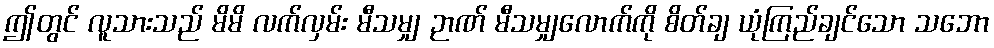
ဤတွင် လူသားသည် မိမိ လက်လှမ်း မီသမျှ ဉာဏ် မီသမျှလောက်ကို စိတ်ချ ယုံကြည်ချင်သော သဘော